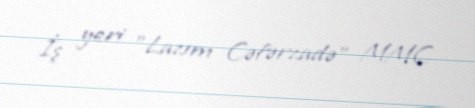
İş yeri "Lazım Cəfərzadə" MMC